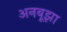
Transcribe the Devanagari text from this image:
अनबूझा